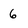
Character: 6